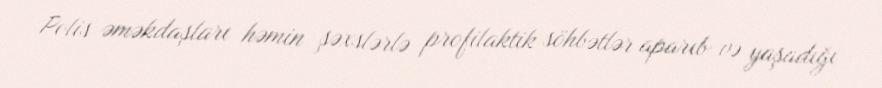
Polis əməkdaşları həmin şəxslərlə profilaktik söhbətlər aparıb və yaşadığı